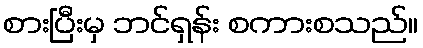
စားပြီးမှ ဘင်ရှန်း စကားစသည်။